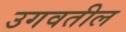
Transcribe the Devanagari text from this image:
उगवतील